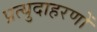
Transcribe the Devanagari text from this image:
प्रत्युदाहरणों